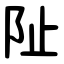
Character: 阯